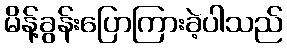
မိန့်ခွန်းပြောကြားခဲ့ပါသည်